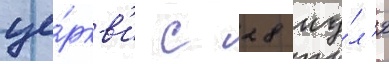
це́ркв'и с 28 иу́л'я